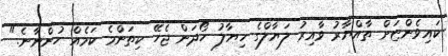
ކައިވެންޏަށް ތާއްޔާރު ވާއިރު ލަޔާލްގެ ހިޔާލު ހޯދަން ޖެހޭ ކިތަންމެ ކަމެއް ހުންނާނެ."